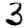
Digit: 3